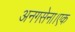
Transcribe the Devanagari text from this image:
अनगसेना।एक